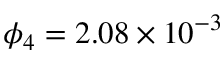
\phi _ { 4 } = 2 . 0 8 \times 1 0 ^ { - 3 }